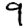
Digit: 9